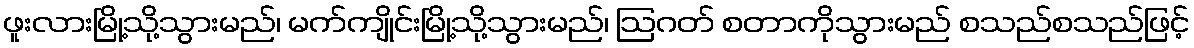
ဖူးလားမြို့သို့သွားမည်၊ မက်ကျိုင်းမြို့သို့သွားမည်၊ ဩဂတ် စတာကိုသွားမည် စသည်စသည်ဖြင့်